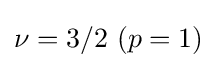
\nu =3/2\ (p=1)